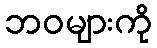
ဘဝများကို